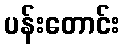
ပန်းတောင်း